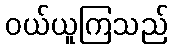
ဝယ်ယူကြသည်